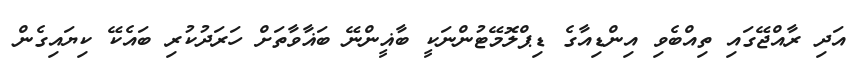
އަދި ރާއްޖޭގައި ތިއްބެވި އިންޑިއާގެ ޑިޕްލޮމޭޓުންނަކީ ބާޣީންނޭ ބަޣާވާތަށް ހަރަދުކުރި ބައެކޭ ކިޔައިގެން